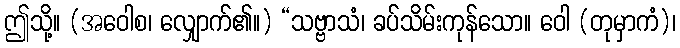
ဤသို့။ (အဝေါစ၊ လျှောက်၏။) “သဗ္ဗာသံ၊ ခပ်သိမ်းကုန်သော။ ဝေါ (တုမှာကံ)၊